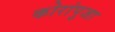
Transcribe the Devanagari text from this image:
कोरांपुजा